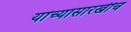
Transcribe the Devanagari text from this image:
यांच्यासारखीच